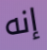
إنه